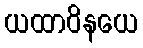
ယထာဝိနယေ